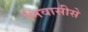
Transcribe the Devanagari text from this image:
निवासीसे